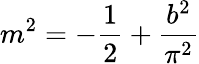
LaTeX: m^{2}=-\frac{1}{2}+\frac{b^{2}}{\pi^{2}}